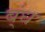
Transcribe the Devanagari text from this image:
ब्ंध